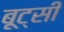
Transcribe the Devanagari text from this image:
बूट्सी